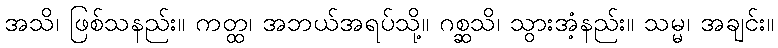
အသိ၊ ဖြစ်သနည်း။ ကတ္ထ၊ အဘယ်အရပ်သို့။ ဂစ္ဆသိ၊ သွားအံ့နည်း။ သမ္မ၊ အချင်း။